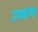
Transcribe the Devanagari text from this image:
उध्यम